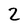
Character: 2